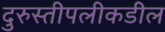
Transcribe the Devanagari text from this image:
दुरुस्तीपलीकडील